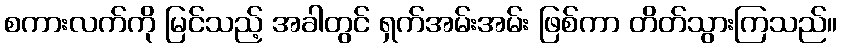
စကားလက်ကို မြင်သည့် အခါတွင် ရှက်အမ်းအမ်း ဖြစ်ကာ တိတ်သွားကြသည်။